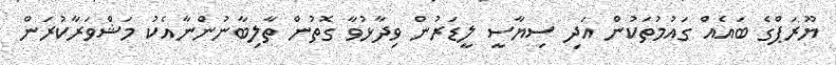
ޔޫރަޕްގެ ބައެއް ގައުމުތަކުން އަދި ސިޔާސީ ލީޑަރުން ވިދާޅުވާ ގޮތުން ތާލިބާނުންނާއެކު މަޝްވަރާކުރަން